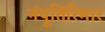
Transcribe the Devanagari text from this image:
नंपूतिरिमार